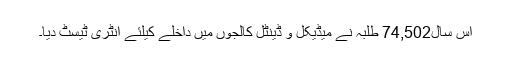
اس سال74,502 طلبہ نے میڈیکل و ڈینٹل کالجوں میں داخلے کیلئے انٹری ٹیسٹ دیا۔